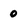
Character: 0